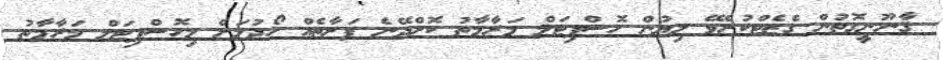
ޤާނޫނީގޮތުން ގެޒެޓްކުރެވޭ ލިޔުން ހޮސްޕިޓަލް މަރާމާތު ކޮށްދޭނެ ފަރާތެއް ހޯދުމަށް މިހޮސްޕިޓަލް މަރާމާތު